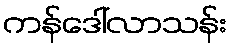
ကန်ဒေါ်လာသန်း